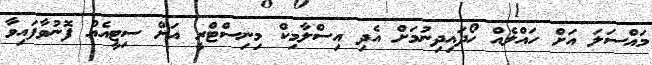
މައްސަލަ އަށް ހައްލެއް ހޯދައިދިނުމަށް އެދި އިސްލާމިކް މިނިސްޓްރީ އަށް ސިޓީއެއް ފޮނުވާފައިވާ